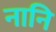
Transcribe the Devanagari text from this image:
नानि